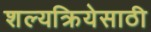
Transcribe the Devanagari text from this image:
शल्यक्रियेसाठी